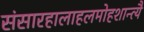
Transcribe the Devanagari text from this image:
संसारहालाहलमोहशान्त्यै